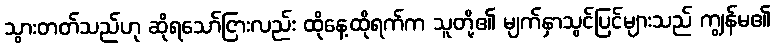
သွားတတ်သည်ဟု ဆိုရသော်ငြားလည်း ထိုနေ့ထိုရက်က သူတို့၏ မျက်နှာသွင်ပြင်များသည် ကျွန်မ၏